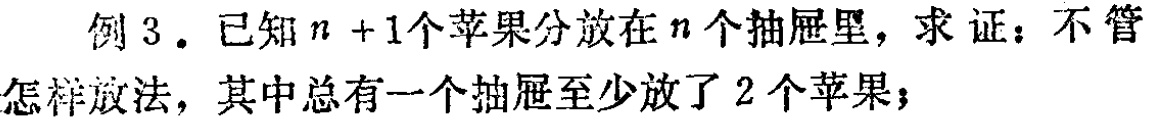
例 3. 已知\(n + 1\)个苹果分放在\(n\)个抽屉里，求证：不管怎样放法，其中总有一个抽屉至少放了 2 个苹果；